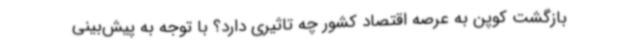
بازگشت کوپن به عرصه اقتصاد کشور چه تاثیری دارد؟ با توجه به پیش‌بینی